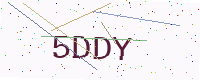
Text: 5DDY